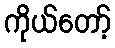
ကိုယ်တော့်